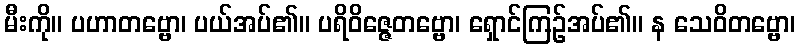
မီးကို။ ပဟာတဗ္ဗော၊ ပယ်အပ်၏။ ပရိဝိဇ္ဇေတဗ္ဗော၊ ရှောင်ကြဉ်အပ်၏။ န သေဝိတဗ္ဗော၊